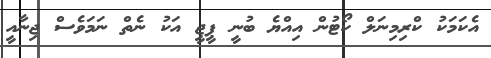
އެކަމަކު ކްރިމިނަލް ކޯޓުން އިއްޔެ ބުނީ ޕީޖީ އަކު ނެތް ނަމަވެސް ޖިނާއީ